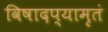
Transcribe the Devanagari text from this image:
विषादप्यामृतं